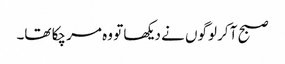
صبح آ کر لوگوں نے دیکھا تو وہ مر چکا تھا۔